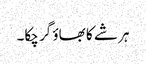
ہر شے کا بھاؤ گر چکا۔